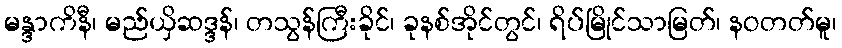
မန္ဒာကိနီ၊ မည်ယှိဆဒ္ဒန်၊ တသွန်ကြီးခိုင်၊ ခုနစ်အိုင်တွင်၊ ရိပ်မြိုင်သာမြတ်၊ နဝတတ်မူ၊